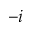
- i